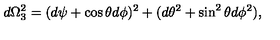
d \Omega _ { 3 } ^ { 2 } = ( d \psi + \cos \theta d \phi ) ^ { 2 } + ( d \theta ^ { 2 } + \sin ^ { 2 } \theta d \phi ^ { 2 } ) ,